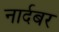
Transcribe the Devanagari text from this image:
नार्दबर